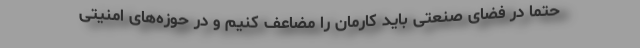
حتماً در فضای صنعتی باید کارمان را مضاعف کنیم و در حوزه‌های امنیتی